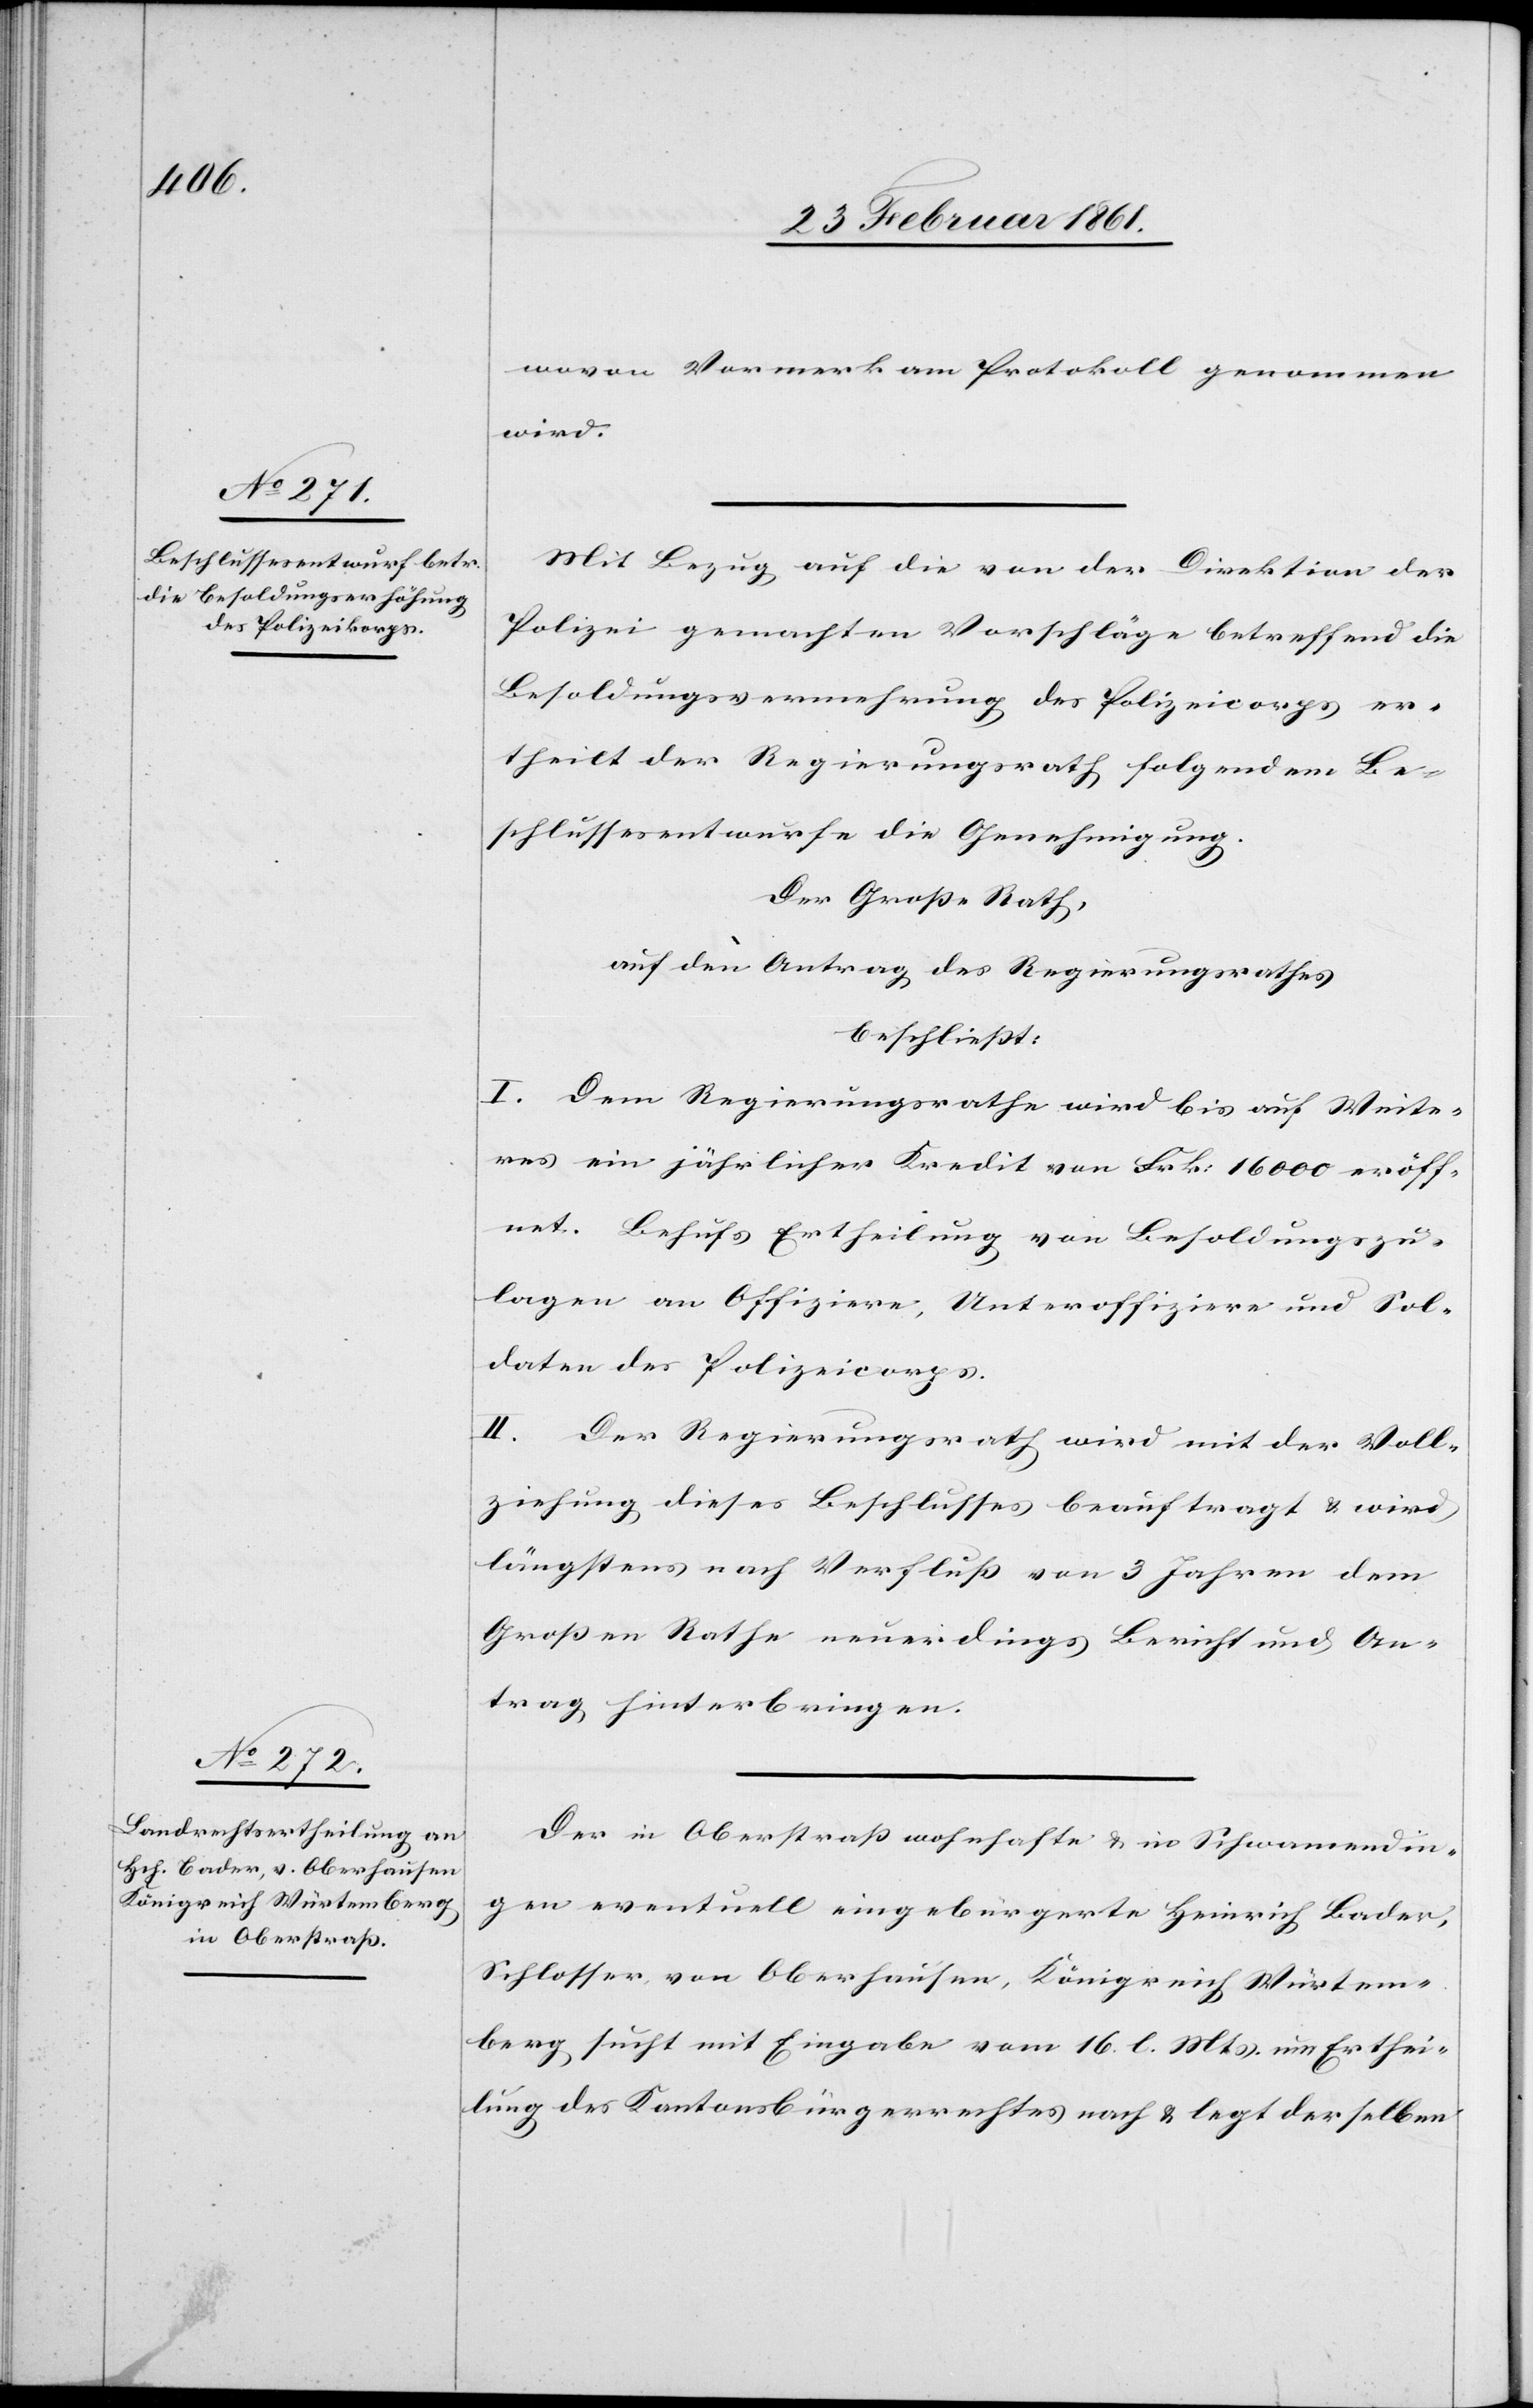
wovon Vormerk am Protokoll genommen
wird.
Mit Bezug auf die von der Direktion der
Polizei gemachten Vorschläge betreffend die
Besoldungsvermehrung des Polizeicorps er¬
theilt der Regierungsrath folgendem Be¬
schlussentwurfe die Genehmigung.
Der Grosse Rath,
auf den Antrag des Regierungsrathes
beschliesst:
I. Dem Regierungsrathe wird bis auf Weite¬
res ein jährlicher Kredit von Frk. 16 000 eröff¬
net. Behufs Ertheilung von Besoldungszu¬
lagen an Offiziere, Unteroffiziere und Sol¬
daten des Polizeicorps.
II. Der Regierungsrath wird mit der Voll¬
ziehung dieses Beschlusses beauftragt u. wird
längstens nach Verfluss von 3 Jahren dem
Grossen Rathe neuerdings Bericht und An¬
trag hinterbringen.
Der in Oberstrass wohnhafte u. in Schwamendin¬
gen eventuell eingebürgerte Heinrich Bader,
Schlosser von Oberhausen, Königreich Würtem¬
berg sucht mit Eingabe vom 16. l. Mts. um Erthei¬
lung des Kantonsbürgerrechtes nach u. legt derselben